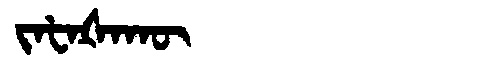
Manchu: ᠵᠠᡶᠠᡧᠠᡴᡡ
Romanization: JAFAŠAKŪ